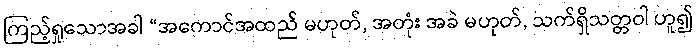
ကြည့်ရှုသောအခါ “အကောင်အထည် မဟုတ်, အတုံး အခဲ မဟုတ်, သက်ရှိသတ္တဝါ ဟူ၍